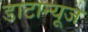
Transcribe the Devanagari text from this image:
डाटान्यूज